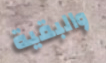
والبقية